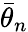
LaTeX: {\bar{\theta}}_{n}